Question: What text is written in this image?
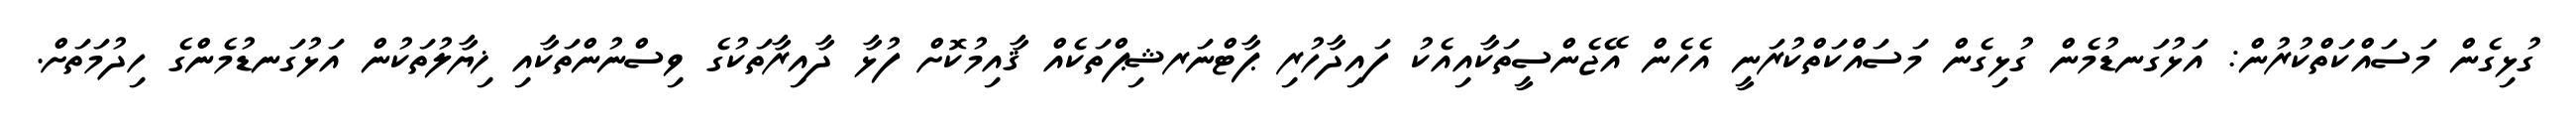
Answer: ގުޅިގެން މަސައްކަތްކުރުން: އަޅުގަނޑުމެން ގުޅިގެން މަސައްކަތްކުރަނީ އެހެން އޭޖެންސީތަކާއިއެކު ފައިދާހުރި ޕާޓްނަރޝިޕްތަކެއް ޤާއިމުކޮށް ފުޅާ ދާއިރާތަކުގެ ވިސްނުންތަކާއި ޚިޔާލުތަކުން އަޅުގަނޑުމެންގެ ހިދުމަތަށް.